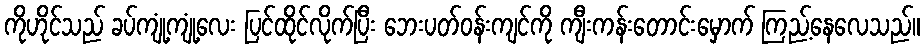
ကိုဟိုင်သည် ခပ်ကျုံ့ကျုံ့လေး ပြင်ထိုင်လိုက်ပြီး ဘေးပတ်ဝန်းကျင်ကို ကျီးကန်းတောင်းမှောက် ကြည့်နေလေသည်။